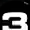
Digit: 3